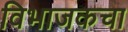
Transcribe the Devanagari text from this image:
विभाजकचा